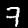
Digit: 7